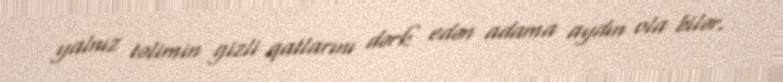
yalnız təlimin gizli qatlarını dərk edən adama aydın ola bilər.